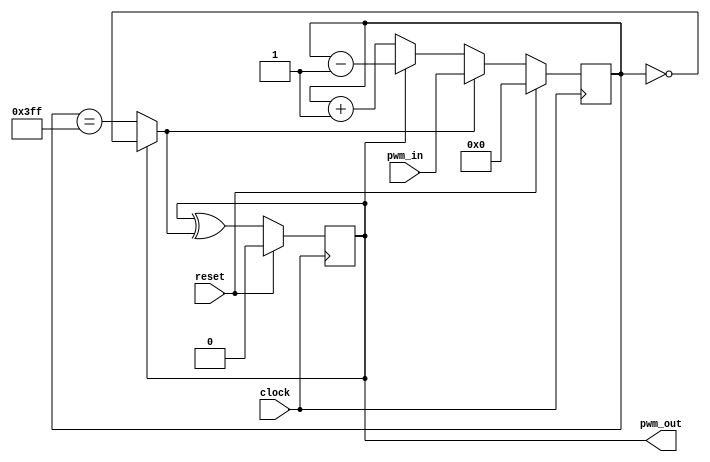
`timescale 1ns / 1ps
//////////////////////////////////////////////////////////////////////////////////
// Company: 
// Engineer: 
// 
// Design Name: 
// Module Name:    pwm 
// Project Name: 
// Target Devices: 
// Tool versions: 
// Description: 
//
// Dependencies: 
//
// Revision: 
// Revision 0.01 - File Created
// Additional Comments: 
//
//////////////////////////////////////////////////////////////////////////////////

module pwm_gen(pwm_out,pwm_in,clock,reset);
  parameter PWM_Length = 4'd10;
  parameter Max_value = 10'd1023;
  parameter Min_value = 10'd0;
  input clock,reset;
  input [PWM_Length-1:0] pwm_in;
  output pwm_out;
  reg [PWM_Length-1:0] count;
  reg cnt_dir; //If 0 it will count up or else it will count down
  wire [PWM_Length-1:0] cnt_next;
  wire count_end;
  
  assign count_end = (cnt_dir)? (count==Min_value):(count==Max_value);
  assign cnt_next = (cnt_dir)? count-1'b1 : count+1'b1 ;
  
  assign pwm_out = cnt_dir;
  
  always @(posedge clock)
  begin
    if(reset==1'b1)
      begin
        count <= Min_value;
        cnt_dir <= 1'b0;
      end
    else
      begin
        count <= (count_end) ? pwm_in : cnt_next;
        cnt_dir <= cnt_dir ^ count_end; 
      end
  end
    
endmodule